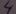
Text: 4